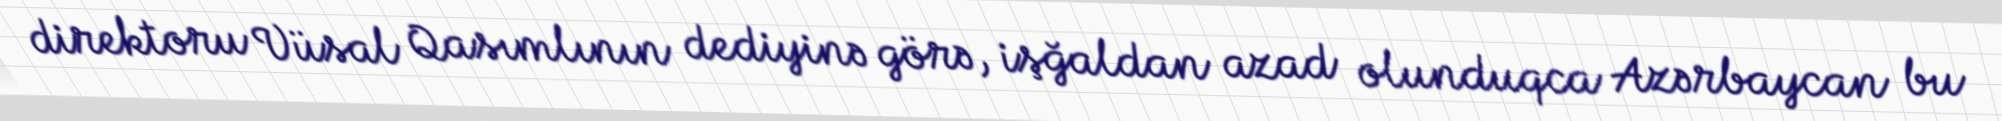
direktoru Vüsal Qasımlının dediyinə görə, işğaldan azad olunduqca Azərbaycan bu